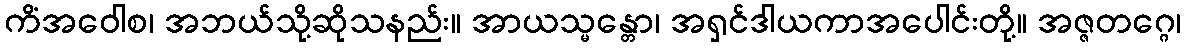
ကိံအဝေါစ၊ အဘယ်သို့ဆိုသနည်း။ အာယသ္မန္တော၊ အရှင်ဒါယကာအပေါင်းတို့။ အဇ္ဇတဂ္ဂေ၊